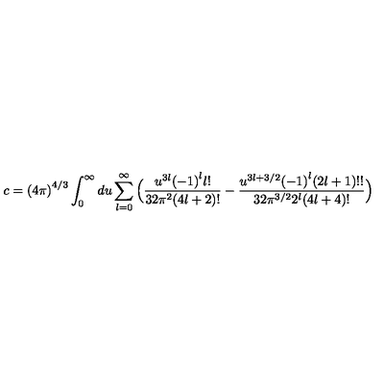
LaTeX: c = { ( 4 \pi ) } ^ { 4 / 3 } \int _ { 0 } ^ { \infty } d u \sum _ { l = 0 } ^ { \infty } \Big ( \frac { u ^ { 3 l } { ( - 1 ) } ^ { l } l ! } { 3 2 \pi ^ { 2 } ( 4 l + 2 ) ! } - \frac { u ^ { 3 l + 3 / 2 } { ( - 1 ) } ^ { l } ( 2 l + 1 ) ! ! } { 3 2 \pi ^ { 3 / 2 } 2 ^ { l } ( 4 l + 4 ) ! } \Big )